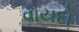
વાયદો